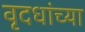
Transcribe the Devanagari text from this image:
वृदधांच्या